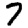
Digit: 7